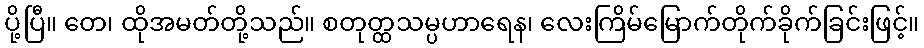
ပို့ပြီ။ တေ၊ ထိုအမတ်တို့သည်။ စတုတ္ထသမ္ပဟာရေန၊ လေးကြိမ်မြောက်တိုက်ခိုက်ခြင်းဖြင့်။